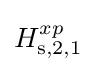
H_{\rm {s,2,1}}^{xp}